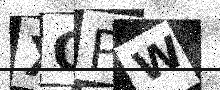
Text: XQPW